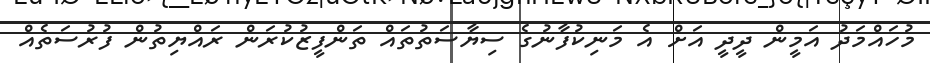
މުހައްމަދު އަމީން ދީދީ އަށް އެ މަނިކުފާނުގެ ސިޔާސަތުތައް ތަންފީޒުކުރަން ރައްޔިތުން ފުރުސަތެއް